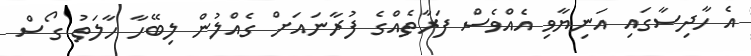
އެ ހާދިސާގައި އަނިޔާވި އެއްވެސް ފަރާތެއްގެ ފުރާނައަށް ގެއްލުން ލިބޭހާ ހާލަތު ގޯސް